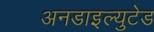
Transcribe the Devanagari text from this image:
अनडाइल्युटेड